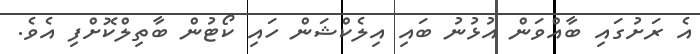
އެ ރަށުގައި ބާއްވަން އުޅުނު ބައި އިލެކްޝަން ހައި ކޯޓުން ބާތިލްކޮށްފި އެވެ.